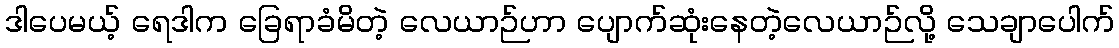
ဒါပေမယ့် ရေဒါက ခြေရာခံမိတဲ့ လေယာဉ်ဟာ ပျောက်ဆုံးနေတဲ့လေယာဉ်လို့ သေချာပေါက်